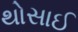
થોસાઈ